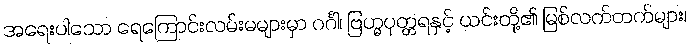
အရေးပါသော ရေကြောင်းလမ်းမများမှာ ဂင်္ဂါ၊ ဗြဟ္မပုတ္တရနှင့် ယင်းတို့၏ မြစ်လက်တက်များ၊